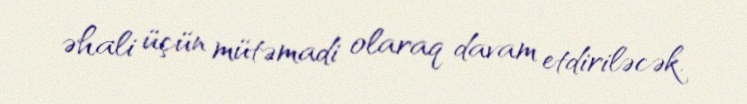
əhali üçün mütəmadi olaraq davam etdiriləcək.